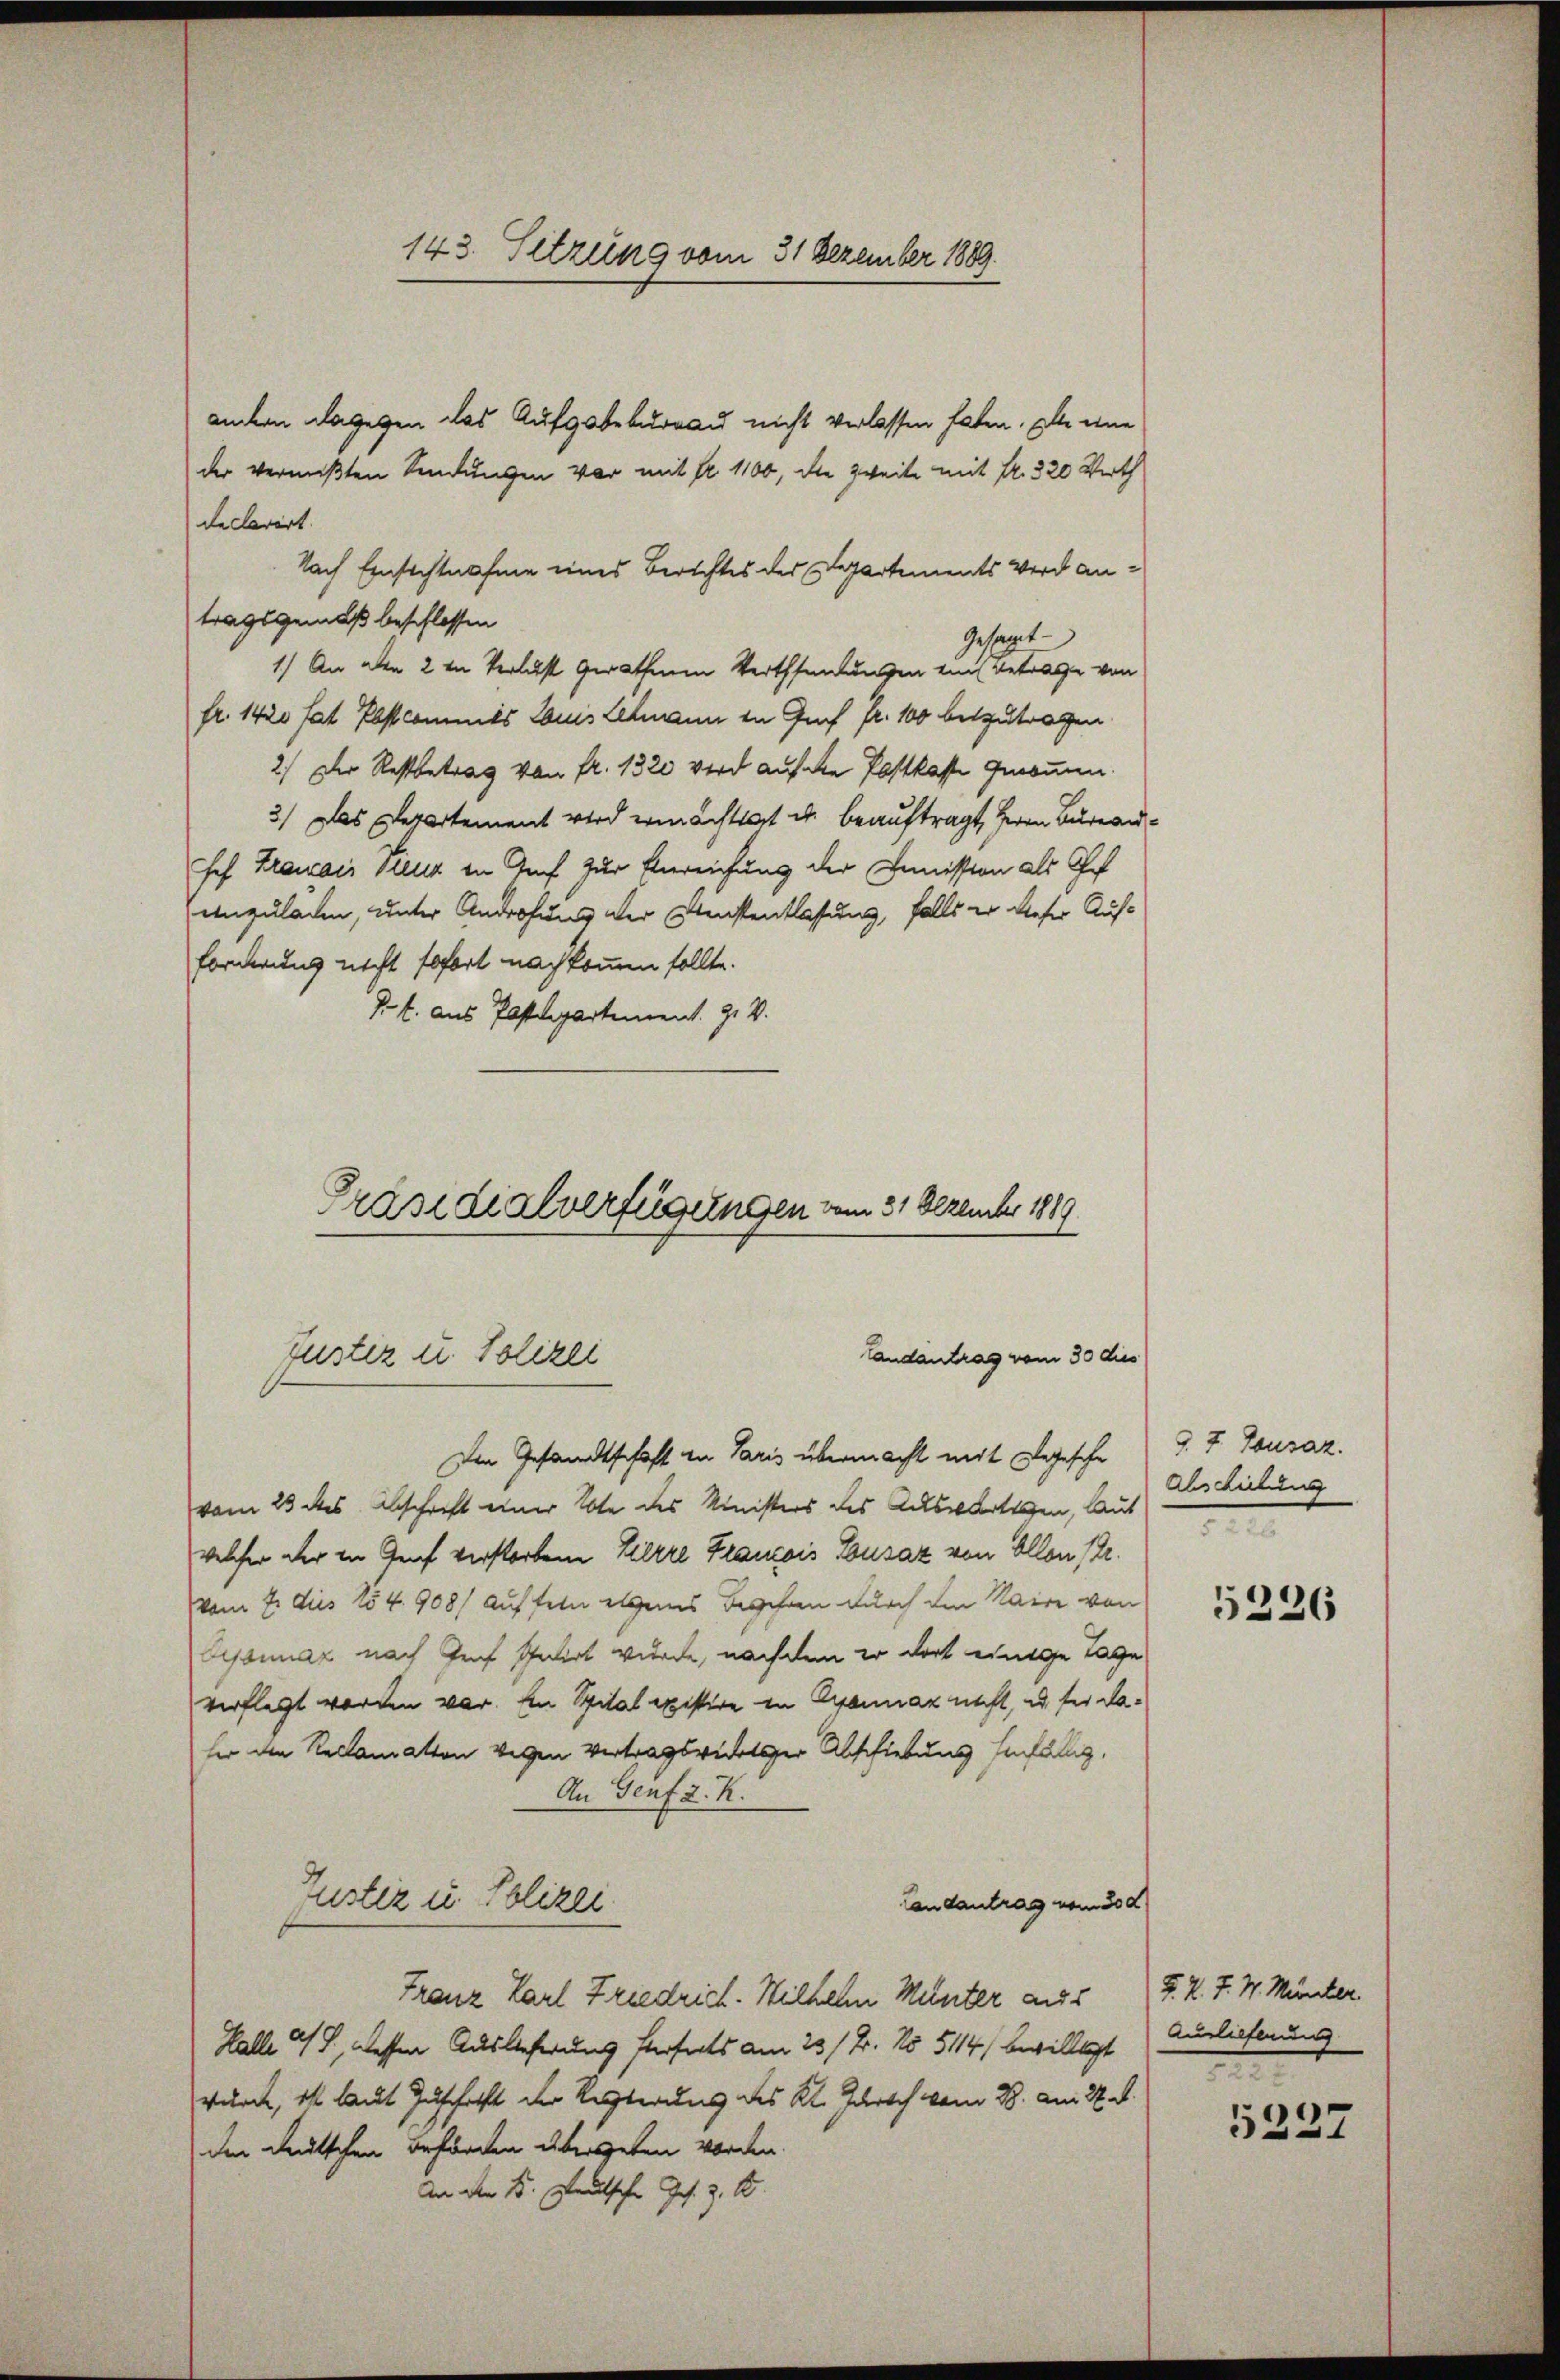
143. Sitzung vom 31 Dezember 1889.

andern dagegen das Aufgabebureau nicht verlassen haben. Alle eine
der vermißten Sendungen vor mit fr. 1100, die zweite mit fr. 320 Werth
de Clarirt.
Nach Einsichtnahme eines Berichtes des Departements Wird antragsgemäß beschlossen
Gesagt
1.) An alle 2 in Verlust gerathenen Verthandlungen ein Betrage von
fr. 1420 hat Postcommes Louis Lehmann in Graf Fr. 100 beizutragen
2) Der Restbetrag von fr. 1320 wird auf die Postkasse genommen.
3.) Das Departement wird ermächtigt u. beauftragt, Herrn Bureausef Krauais Pieur in Graf zur Einreichung der Commission als Chef
einzuladen, unter Androhung der Meistentlassung, falls er dieser Auf¬
Forderung nicht sofort nach kommen sollte.
Pf. aus Postdepartement. 9. V.
Präsidialverfügungen vom 31. Dezember 1889

Landantrag vom 30 dies
Justiz u. Polizei

Ien Gesandtschaft in Paris übermacht mit Degesche
(vom 23 des Beschrift einer Note des Ministers des Auswärtigen, laut
welcher der in Genf verstorbene Zierre Francois Sousaz von Allen (Dr.
vom 7. dies 154. 908/ auf sein eigens Begehren durch den Maire von
Eyssnnáz nach Graf Pulirt wurde, nachdem er dort einige Tage
verflegt worden war. Ein Spital existire in Crannaz nicht, es für daher den Reclamation wegen Vertragsrechter Abschiebung hinfällig,
An Genf 2. K.
Justiz u. Polizei
Landantrag vom 30 d
Franz Karl Friedrich. Wilhelm Menter aus (T. K. T. 4. Münter
Halle 4 S., wessen Auslieferung sterseits am 23./2. No 5114/ bewilligt Auslieferung
wurde, il laut Zuschafft der Regierung des Kt. Zürich vom 28. Am 27. d.
der deutschen Beförden übergeben worden.
An den 8. Deutsche Jos. z. B.

§. 7. Tousaz.
Abschiebung

5236

2

5237